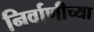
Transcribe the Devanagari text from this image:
निर्वाणीच्या